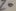
Text: Z0